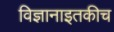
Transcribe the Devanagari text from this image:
विज्ञानाइतकीच